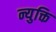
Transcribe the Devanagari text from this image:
न्युक्ति